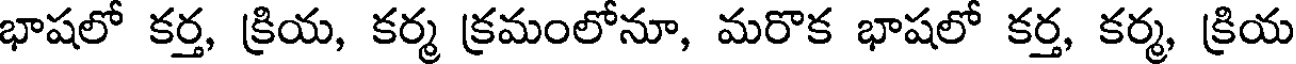
భాషలో కర్త, క్రియ, కర్మ క్రమంలోనూ, మరొక భాషలో కర్త, కర్మ, క్రియ